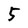
Character: 5